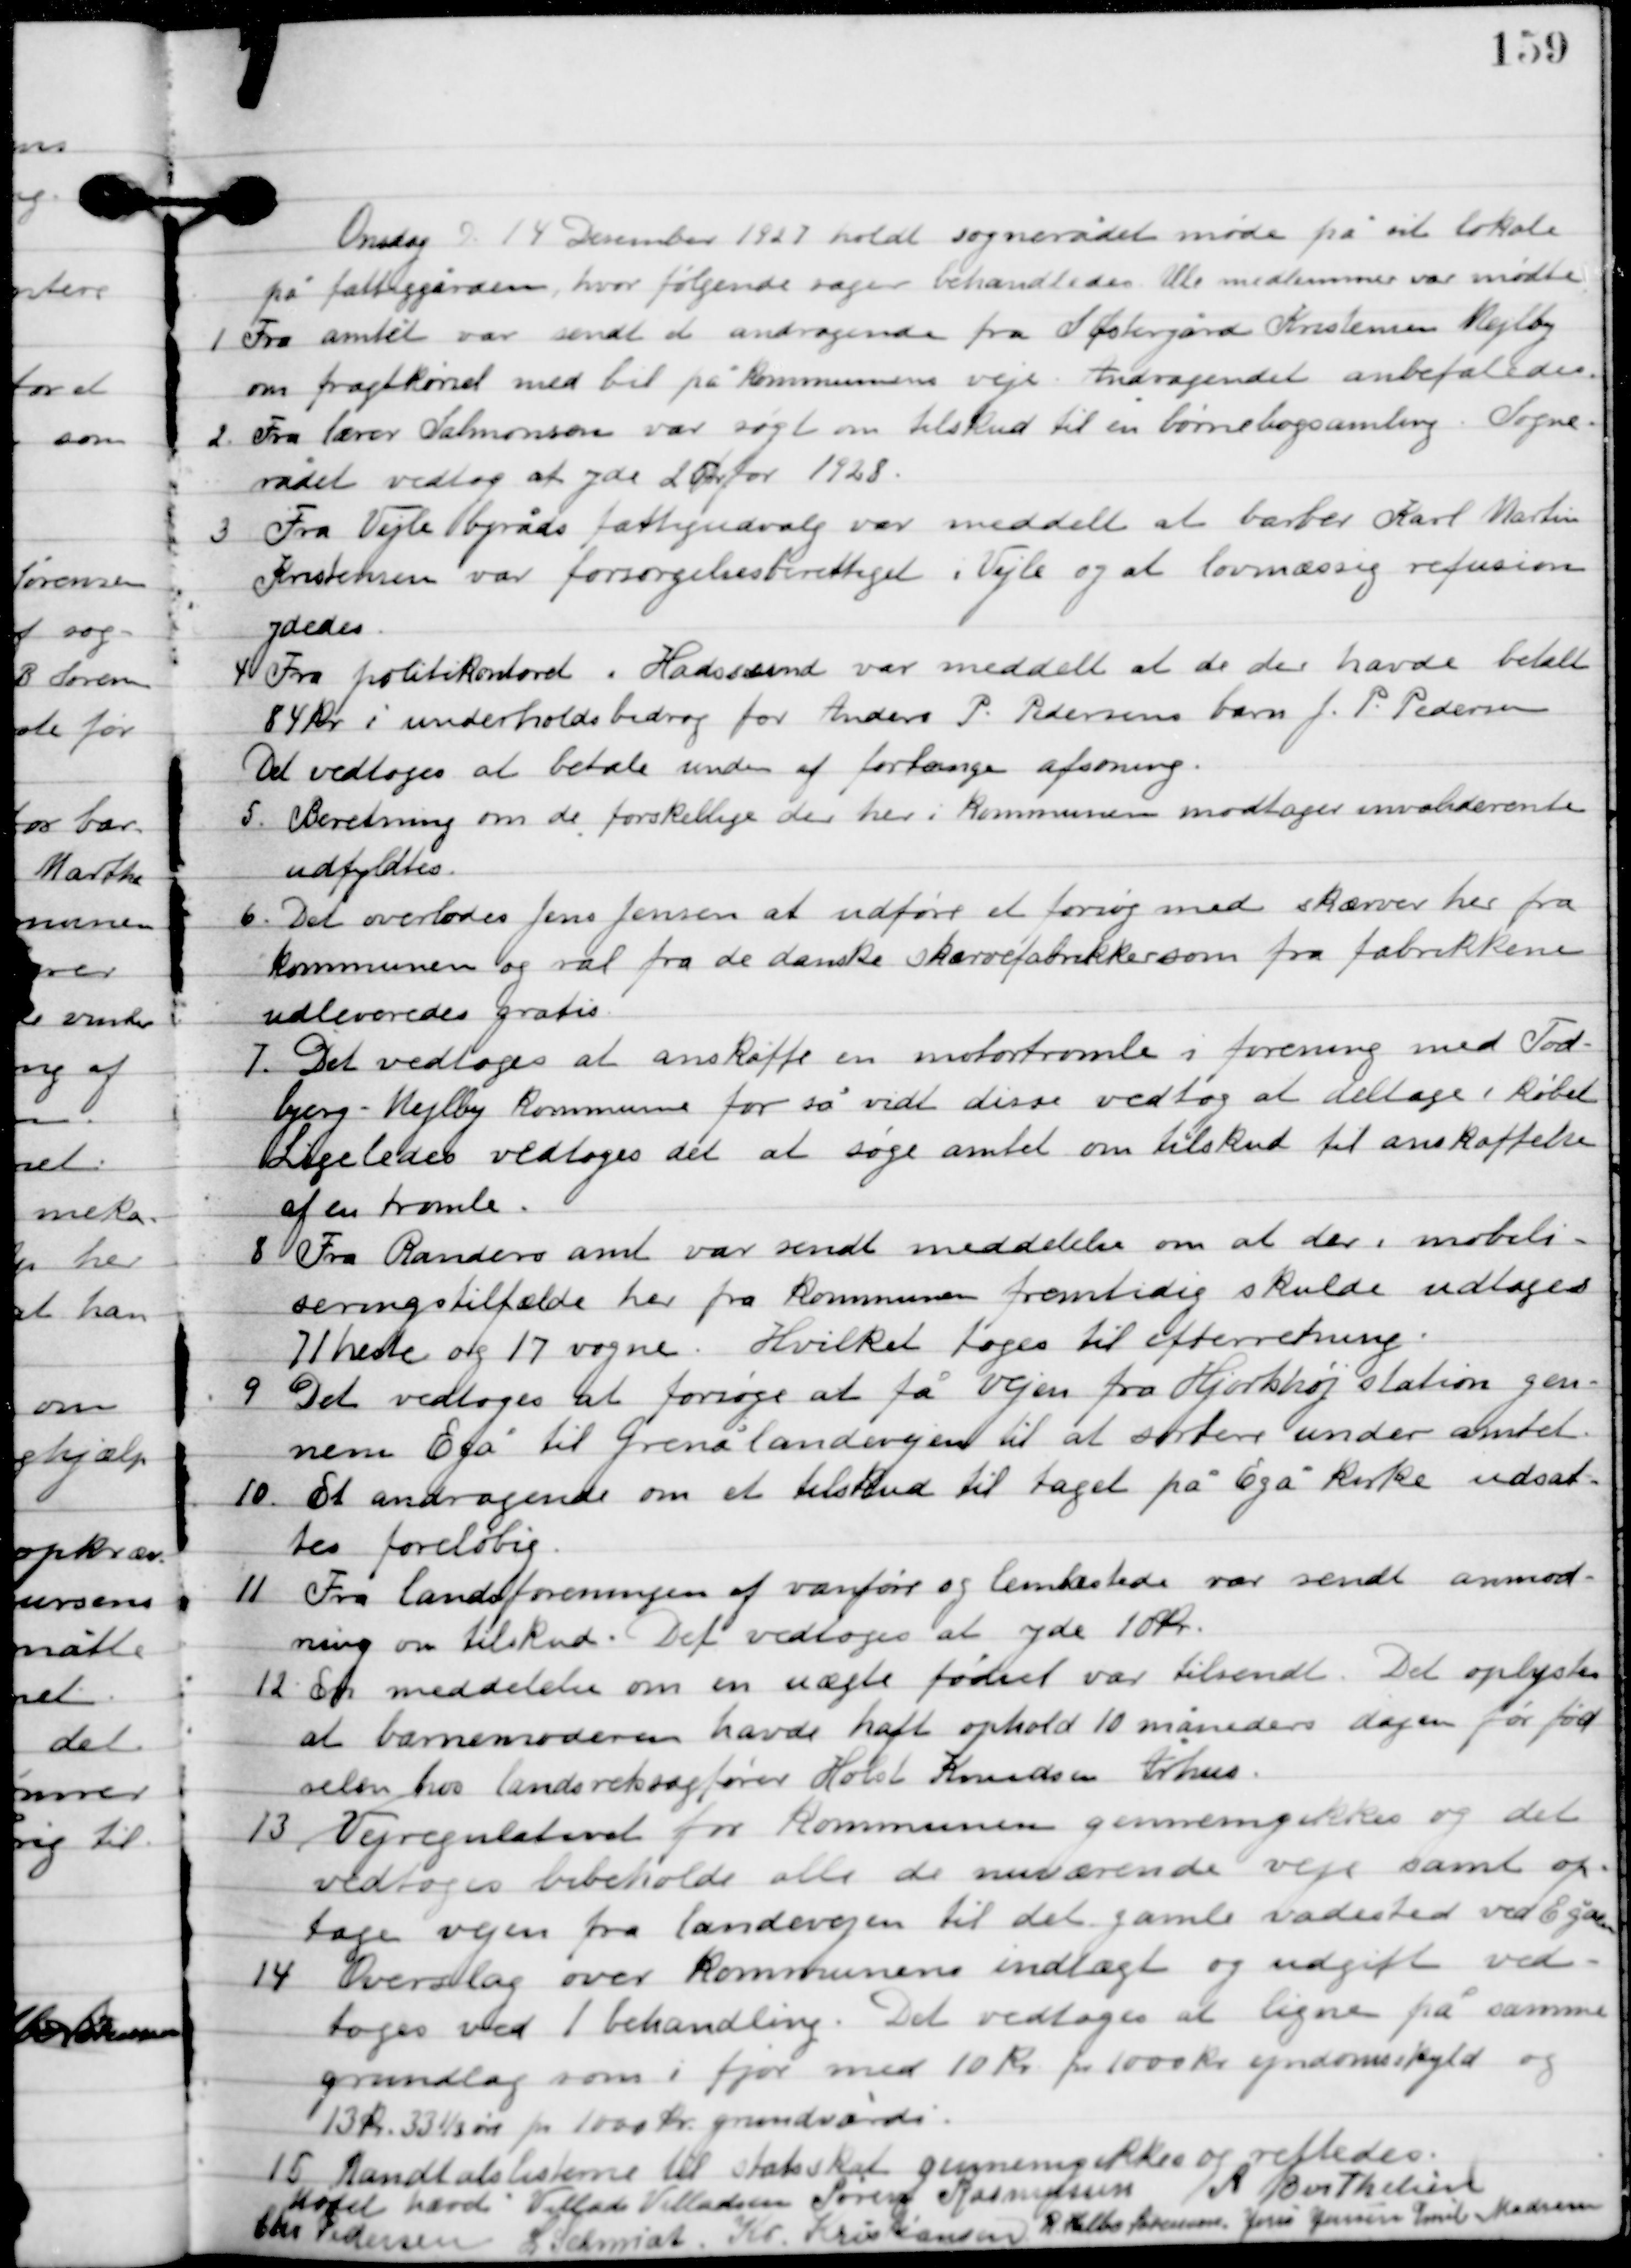
Transskription:
Onsdag D. 14. December 1927 holdt sognerådet møde på sit lokale
 på fattiggården, hvor følgende sager behandledes. Alle medlemmer var mødte.

1

Fra amtet var sendt et andragende fra S. Østergård Kristensen Mejlby
om fragtkørsel med bil på kommunens veje. Andragendet anbefaledes.

2

Fra lærer Salomonsen var søgt om tilskud til en børnebogssamling. Sogne-
rådet vedtog at yde 20 kr. for 1928.

3

Fra Vejle byråds fattigudvalg var meddelt at barber Karl Martin
Kristensen var forsørgelsesberettig i Vejle og at lovmæssig refusion
 ydedes.

4

Fra politikontoret i Hadsund var meddelt at de der havde betalt
84 kr. i underholdsbidrag for Anders P. Pedersens barn J.P. Pedersen.
Det vedtoges at betale uden at forlange afsoning.

2

Beretninger om de forskellige er her i kommunen modtager invaliderente
udfyldtes.

3

Det overlodes Jens Jensen at udføre et forsøg med skærver her fra
kommunen og ral fra de danske skærvefabrikker som fra fabrikken
udleveredes gratis.

4

Det vedtoges at anskaffe en motortromle i forening med Tod-
bjerg-Mejlby kommune for så vidt disse vedtog at deltage i købet.
Ligeledes vedtoges det at søge amtet om tilskud til anskaffelse
af en tromle.

5

Fra Randers amt var sendt meddelelse om at der i mobili-
seringstilfælde har fra kommunen fremtidig skulde udtages
71 heste og 17 vogne. Hvilket toges til efterretning.

6

Det vedtoges at forsøge at få vejen fra Hjorthøj station gen-
nem Egå til Grenålandevejen til at sortere undr amtet.

7

Et andragende om et tilskud til taget på Egå kirke udsat-
tes foreløbig.

8

Fra landsforeningen for vanføre og landskredsen var sendt anmod-
ning om tilskud. Det vedtoges at yde 10 kr.

9

En meddelelse om en uægte fødsel var tilsendt. Det oplystes
 at barnemoderen havde haft ophold 10 måneders dagen før fød-
selen hos landsretssagfører Holst Knudsen Århus.

10

Vejregulativet for Kommunen gennemgikkes og det
vedtoges at beholde alle de nuværende veje samt op-
tage vejen fra landevejen til det gamle vadested ved Egåen.

11

Overslag over kommunens indtægt og udgift ved-
toges ves 1. behandling. Det vedtoges at ligne på samme
grundlag som i fjor med 10 kr. pr. 1000 kr. ejendomsskyld og
13 kr. 33½ øre pr. 1000 kr. grundværdi.

12

Mandtalslisterne til Statsskat gennemgikkes og rettedes.

Mødet hævet

Villads J. Villadsen
Søren Rasmussen
A. Berthelsen
Chr. Pedersen
I. Schmidt
Kr. Kristiansen
R. Helbo Sørensen
Jens Jensen
Emil Madsen